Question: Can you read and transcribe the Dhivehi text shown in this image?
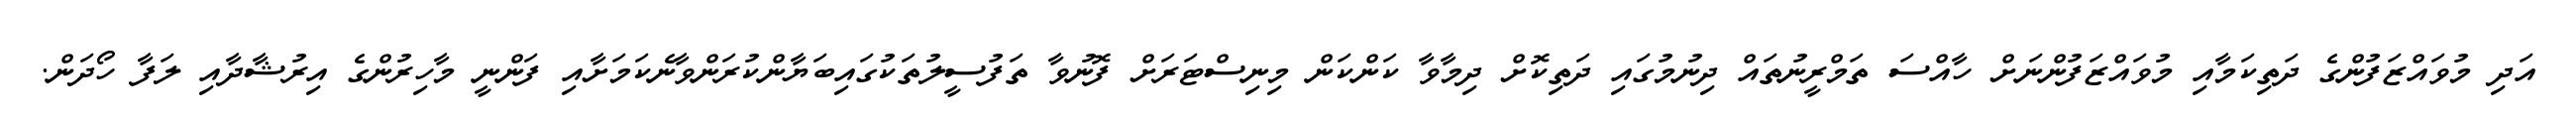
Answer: އަދި މުވައްޒަފުންގެ ދަތިކަމާއި މުވައްޒަފުންނަށް ހާއްސަ ތަމްރީނުތައް ދިނުމުގައި ދަތިކޮށް ދިމާވާ ކަންކަން މިނިސްޓަރަށް ފޮނުވާ ތަފުސީލުތަކުގައިބަޔާންކުރަންވާނެކަމަށާއި ފަންނީ މާހިރުންގެ އިރުޝާދާއި ލަފާ ހޯދަން.